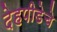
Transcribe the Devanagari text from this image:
देहपीडेचे